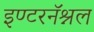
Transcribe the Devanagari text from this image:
इण्टरनॅश्नल